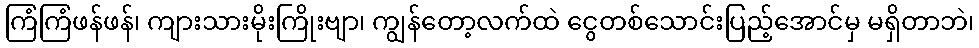
ကြံကြံဖန်ဖန်၊ ကျားသားမိုးကြိုးဗျာ၊ ကျွန်တော့လက်ထဲ ငွေတစ်သောင်းပြည့်အောင်မှ မရှိတာဘဲ၊